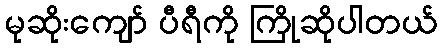
မုဆိုးကျော် ပီရီကို ကြိုဆိုပါတယ်